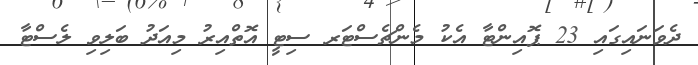
ދެވަނައިގައި 23 ޕޮއިންޓާ އެކު މެންޗެސްޓަރ ސިޓީ އޮތްއިރު މިއަދު ބަލިވި ލެސްޓާ